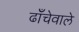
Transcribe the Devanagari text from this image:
ढाँचेवाले